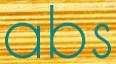
abs